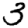
Digit: 3